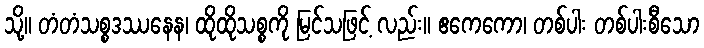
သို့။ တံတံသစ္စဒဿနေန၊ ထိုထိုသစ္စကို မြင်သဖြင့် လည်း။ ဧကေကော၊ တစ်ပါး တစ်ပါးစီသော